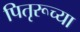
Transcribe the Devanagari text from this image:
पितृरूच्या